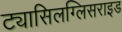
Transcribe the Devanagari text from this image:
ट्यासिलग्लिसराइड